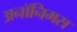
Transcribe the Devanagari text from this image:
अनॉनिमस